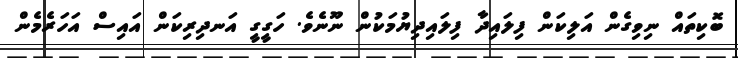
ބޮކިތައް ނިވިގެން އަލިކަން ފިލައިދާ ފިލައިދިޔުމަކުން ނޫނެވެ. ހަގީގީ އަނދިރިކަން އައިސް އަހަރެމެން